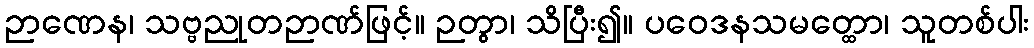
ဉာဏေန၊ သဗ္ဗညုတဉာဏ်ဖြင့်။ ဉတွာ၊ သိပြီး၍။ ပဝေဒနသမတ္ထော၊ သူတစ်ပါး